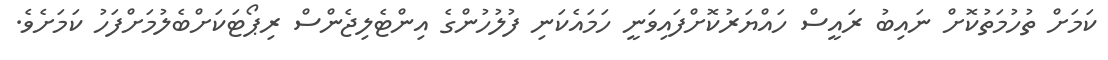
ކަމަށް ތުހުމަތުކޮށް ނައިބު ރައީސް ހައްޔަރުކޮށްފައިވަނީ ހަމައެކަނި ފުލުހުންގެ އިންޓެލިޖެންސް ރިޕޯޓަކަށްބެލުމަށްފަހު ކަމަށެވެ.